Bombay plague: being a history of the progress of plague in the Bombay presidency from September 1896 to June 1899
Year: 1896
Disease focus: Plague
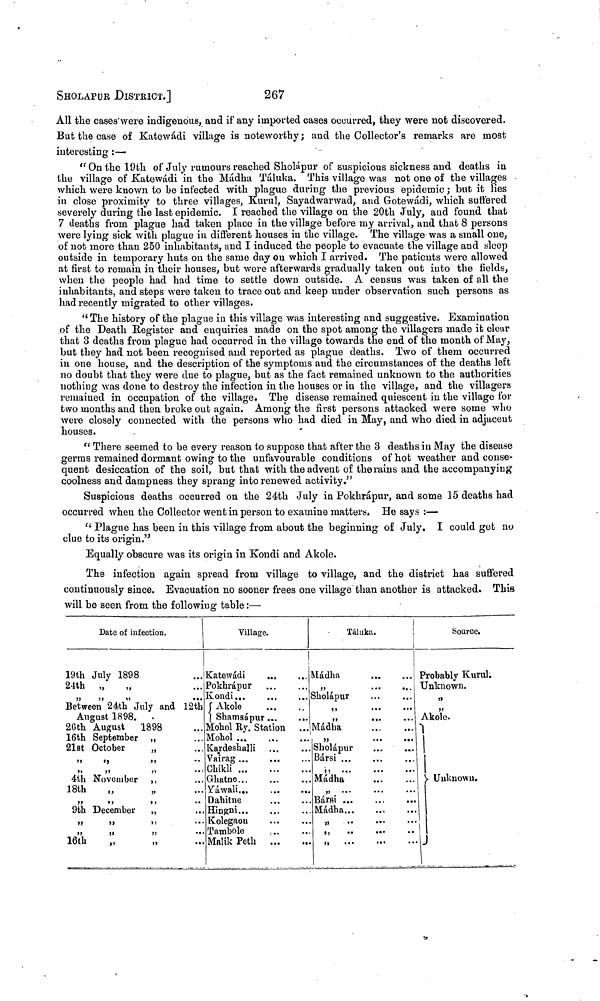
SHOLAPUR DISTRICT.]
267
All the cases were indigenous, and if any imported cases occurred, they were not discovered.
But the case of Katewádi village is noteworthy ; and the Collector's remarks are most
interesting :—
"On the 19th of July rumours reached Sholápur of suspicious sickness and deaths in
the village of Katewádi in the Mádha Táluka. This village was not one of the villages
which were known to be infected with plague during the previous epidemic ; but it lies
in close proximity to three villages, Kurul, Sayadwarwad, and Gotewádi, which suffered
severely during the last epidemic. I reached the village on the 20th July, and found that
7 deaths from plague had taken place in the village before my arrival, and that 8 persons
were lying sick with plague in different houses in the village. The village was a small one,
of not more than 250 inhabitants, and I induced the people to evacuate the village and sleep
outside in temporary huts on the same day on which I arrived. The patients were allowed
at first to remain in their houses, but were afterwards gradually taken out into the fields,
when the people had had time to settle down outside. A census was taken of all the
inhabitants, and steps were taken to trace out and keep under observation such persons as
had recently migrated to other villages.
"The history of the plague in this village was interesting and suggestive. Examination
of the Death Register and enquiries made on the spot among the villagers made it clear
that 3 deaths from plague had occurred in the village towards the end of the month of May,
but they had not been recognised and reported as plague deaths. Two of them occurred
in one house, and the description of the symptoms and the circumstances of the deaths left
no doubt that they were due to plague, but as the fact remained unknown to the authorities
nothing was done to destroy the infection in the houses or in the village, and the villagers
remained in occupation of the village. The disease remained quiescent in the village for
two months and then broke out again. Among the first persons attacked were some who
were closely connected with the persons who had died in May, and who died in adjacent
houses.
"There seemed to be every reason to suppose that after the 3 deaths in May the disease
germs remained dormant owing to the unfavourable conditions of hot weather and conse-
quent desiccation of the soil, but that with the advent of the rains and the accompanying
coolness and dampness they sprang into renewed activity."
Suspicious deaths occurred on the 24th July in Pokhrápur, and some 15 deaths had
occurred when the Collector went in person to examine matters» He says :—
"Plague has been in this village from about the beginning of July. I could get no
clue to its origin."
Equally obscure was its origin in Kondi and Akole.
The infection again spread from village to village, and the district has suffered
continuously since. Evacuation no sooner frees one village than another is attacked. This-
will be seen from the following table :—
Date of infection.
19th July 1898
24th „ ,,
,,
,,
,,
Between 24th July and
August 1898.
26th August
1898
16th September
21st October
,, ,, ,,
,, ,, ,,
4th November ,,
18th
„
,,
,,
9th December
,,
,,
,,
,,
16th
„
...
...
12th
...
...
...
..
...
...
...
..
...
...
...
...
Village.
Katewádi
...
Pokhrápur ...
Kondi ... ...
Akole ...
Shamsápur ...
Mohol Ry. Station
Mohol
...
...
Kardeshalli ...
Vairag ... ...
Chikli ... ...
Ghatne ... ...
Yáwali ... ...
Dahitne ...
Hingni ... ...
Kolegaou ...
Tambóle
Malik Peth
...
...
...
..
...
...
...
...
...
...
...
...
Táluka.
Mádha
»
Sholápur
,,
,,
Mádha
,,
Sholápur
Bársi ...
,, ...
Mádha
Bársi ...
Mádha...
...
...
...
...
...
...
...
...
...
...
...
...
...
...
...
..
..
...
...
...
...
...
...
...
..
Source.
Probably Kurul.
Unknown.
,,
,,
Akole.
Unknown.